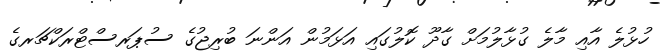
ހުޅުލެ އާއި މާލެ ގުޅާލުމަށް ގާދޫ ކޮލުގައި އަޅަމުން އަންނަ ބުރިޖުގެ ސުޕަރސްޓްރަކްޗަރގެ